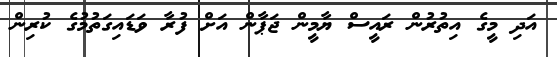
އަދި މީގެ އިތުރުން ރައީސް ޔާމީން ޖަޕާން އަށް ފުރާ ވަޑައިގަތުމުގެ ކުރިން